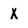
Character: X